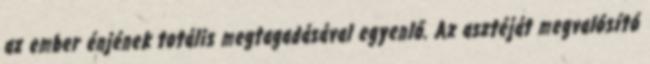
az ember énjének totális megtagadásával egyenlő. Az asztéját megvalósító